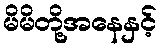
မိမိတို့အနေနှင့်